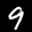
Label: 9